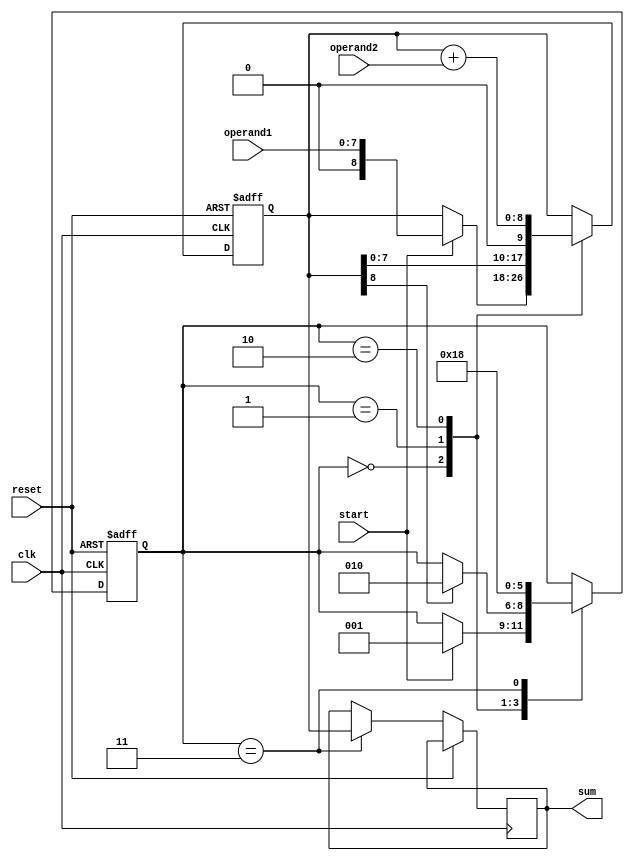
module SerialAdder (
    input clk,          // Clock input
    input reset,        // Reset input
    input start,        // Start input
    input [7:0] operand1, // 8-bit input operand1
    input [7:0] operand2, // 8-bit input operand2
    output reg [8:0] sum // 9-bit output sum (8-bit result + carry)
);

reg [8:0] accumulator; // 9-bit accumulator for sum and carry
reg [2:0] state;       // 3-bit state register

parameter IDLE = 3'd0;
parameter SHIFT = 3'd1;
parameter ADD = 3'd2;
parameter DONE = 3'd3;

always @ (posedge clk or posedge reset) begin
    if (reset) begin
        accumulator <= 9'b0; // Reset accumulator
        state <= IDLE;       // Set initial state
    end
    else begin
        case (state)
            IDLE: begin
                if (start) begin
                    accumulator <= {1'b0, operand1}; // Initialize accumulator with operand1
                    state <= SHIFT; // Move to SHIFT state
                end
            end
            SHIFT: begin
                accumulator <= {accumulator[7:0], 1'b0}; // Shift accumulator left
                if (accumulator[8]) // Check if carry out
                    state <= ADD; // Move to ADD state
            end
            ADD: begin
                accumulator <= accumulator + operand2; // Add operand2 to accumulator
                state <= DONE; // Move to DONE state
            end
            DONE: begin
                sum <= accumulator; // Output sum
                state <= IDLE;     // Move back to IDLE state
            end
        endcase
    end
end

endmodule